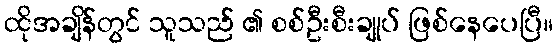
ထိုအချိန်တွင် သူသည် ၏ စစ်ဦးစီးချုပ် ဖြစ်နေပေပြီ။